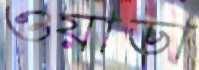
ওয়াডা